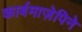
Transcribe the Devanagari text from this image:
कार्बमाज़ेपिने